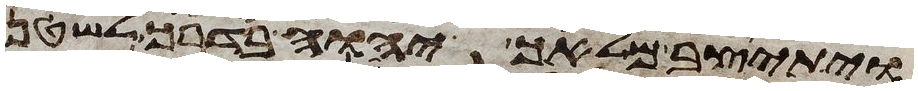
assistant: ויתיצב מלאך יהוה בדרך לשטן